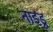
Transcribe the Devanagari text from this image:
नाइडू